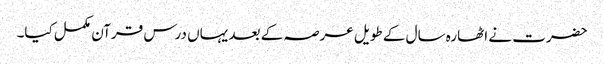
حضرت نے اٹھارہ سال کے طویل عرصہ کے بعد یہاں درس قرآن مکمل کیا۔